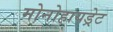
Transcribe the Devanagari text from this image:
मोनोहायड्रेट